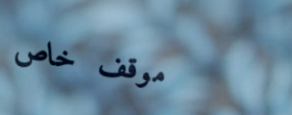
موقف خاص